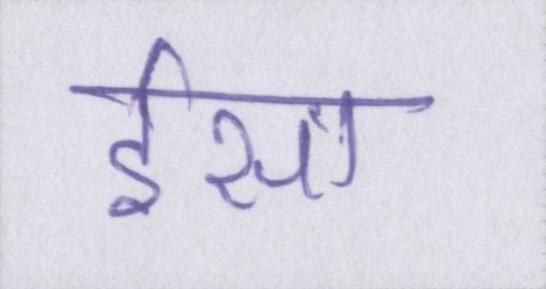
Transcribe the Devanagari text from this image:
ईसा